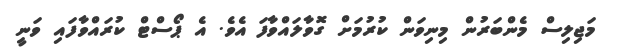
މަޖިލިސް މެންބަރުން މިނިވަން ކުރުމަށް ގޮވާލައްވާފަ އެވެ. އެ ޕޯސްޓް ކުރައްވާފައި ވަނީ